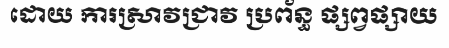
ដោយ ការស្រាវជ្រាវ ប្រព័ន្ធ ផ្សព្វផ្សាយ